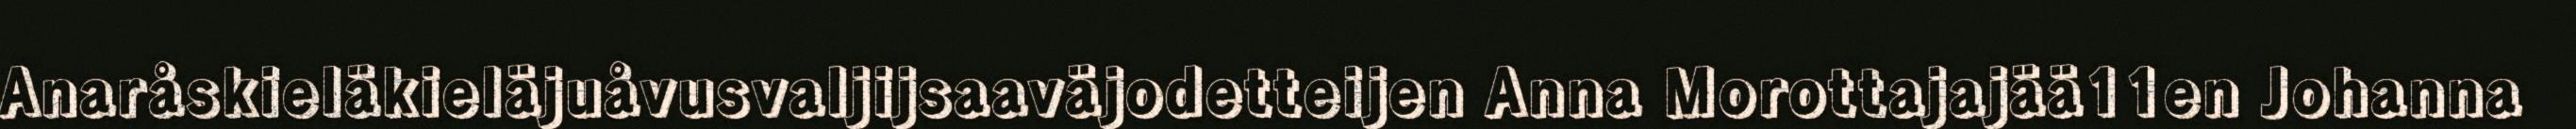
Anaråskieläkieläjuåvusvaljijsaaväjodetteijen Anna Morottajajää11en Johanna